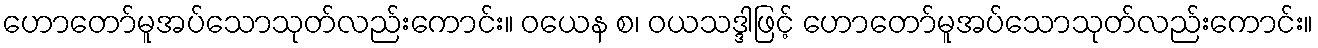
ဟောတော်မူအပ်သောသုတ်လည်းကောင်း။ ဝယေန စ၊ ဝယသဒ္ဒါဖြင့် ဟောတော်မူအပ်သောသုတ်လည်းကောင်း။